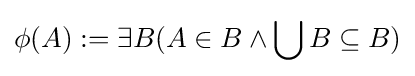
\phi (A):=\exists B(A\in B\land \bigcup B\subseteq B)